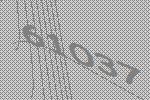
61037